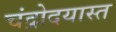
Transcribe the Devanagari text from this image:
चंद्रोदयास्त